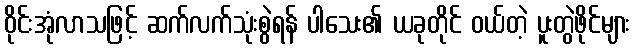
ဝိုင်းအုံလာသဖြင့် ဆက်လက်သုံးစွဲရန် ပါသေး၏ ယခုတိုင် ဝယ်တဲ့ ပူးတွဲဖိုင်များ